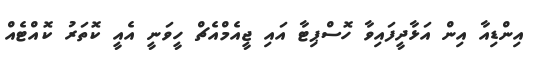
އިންޑިއާ އިން އަޅާދީފައިވާ ހޮސްޕިޓާ އައި ޖީއެމްއެޗް ހީވަނީ އެއީ ކޮތަރު ކޮއްޓެއް